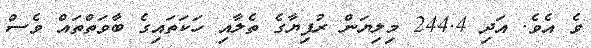
ވެ އެވެ. އަދި 244.4 މިލިޔަން ރުފިޔާގެ ތެލާއި ހަކަތައިގެ ބާވަތްތައް ވެސް